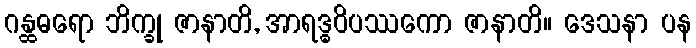
ဂန္ထဓရော ဘိက္ခု ဇာနာတိ, အာရဒ္ဓဝိပဿကော ဇာနာတိ။ ဒေသနာ ပန